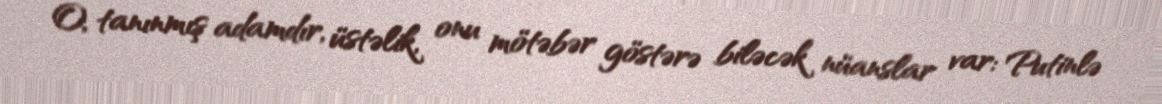
O, tanınmış adamdır, üstəlik, onu mötəbər göstərə biləcək nüanslar var: Putinlə